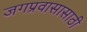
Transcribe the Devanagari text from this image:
जगप्रवासासाठी